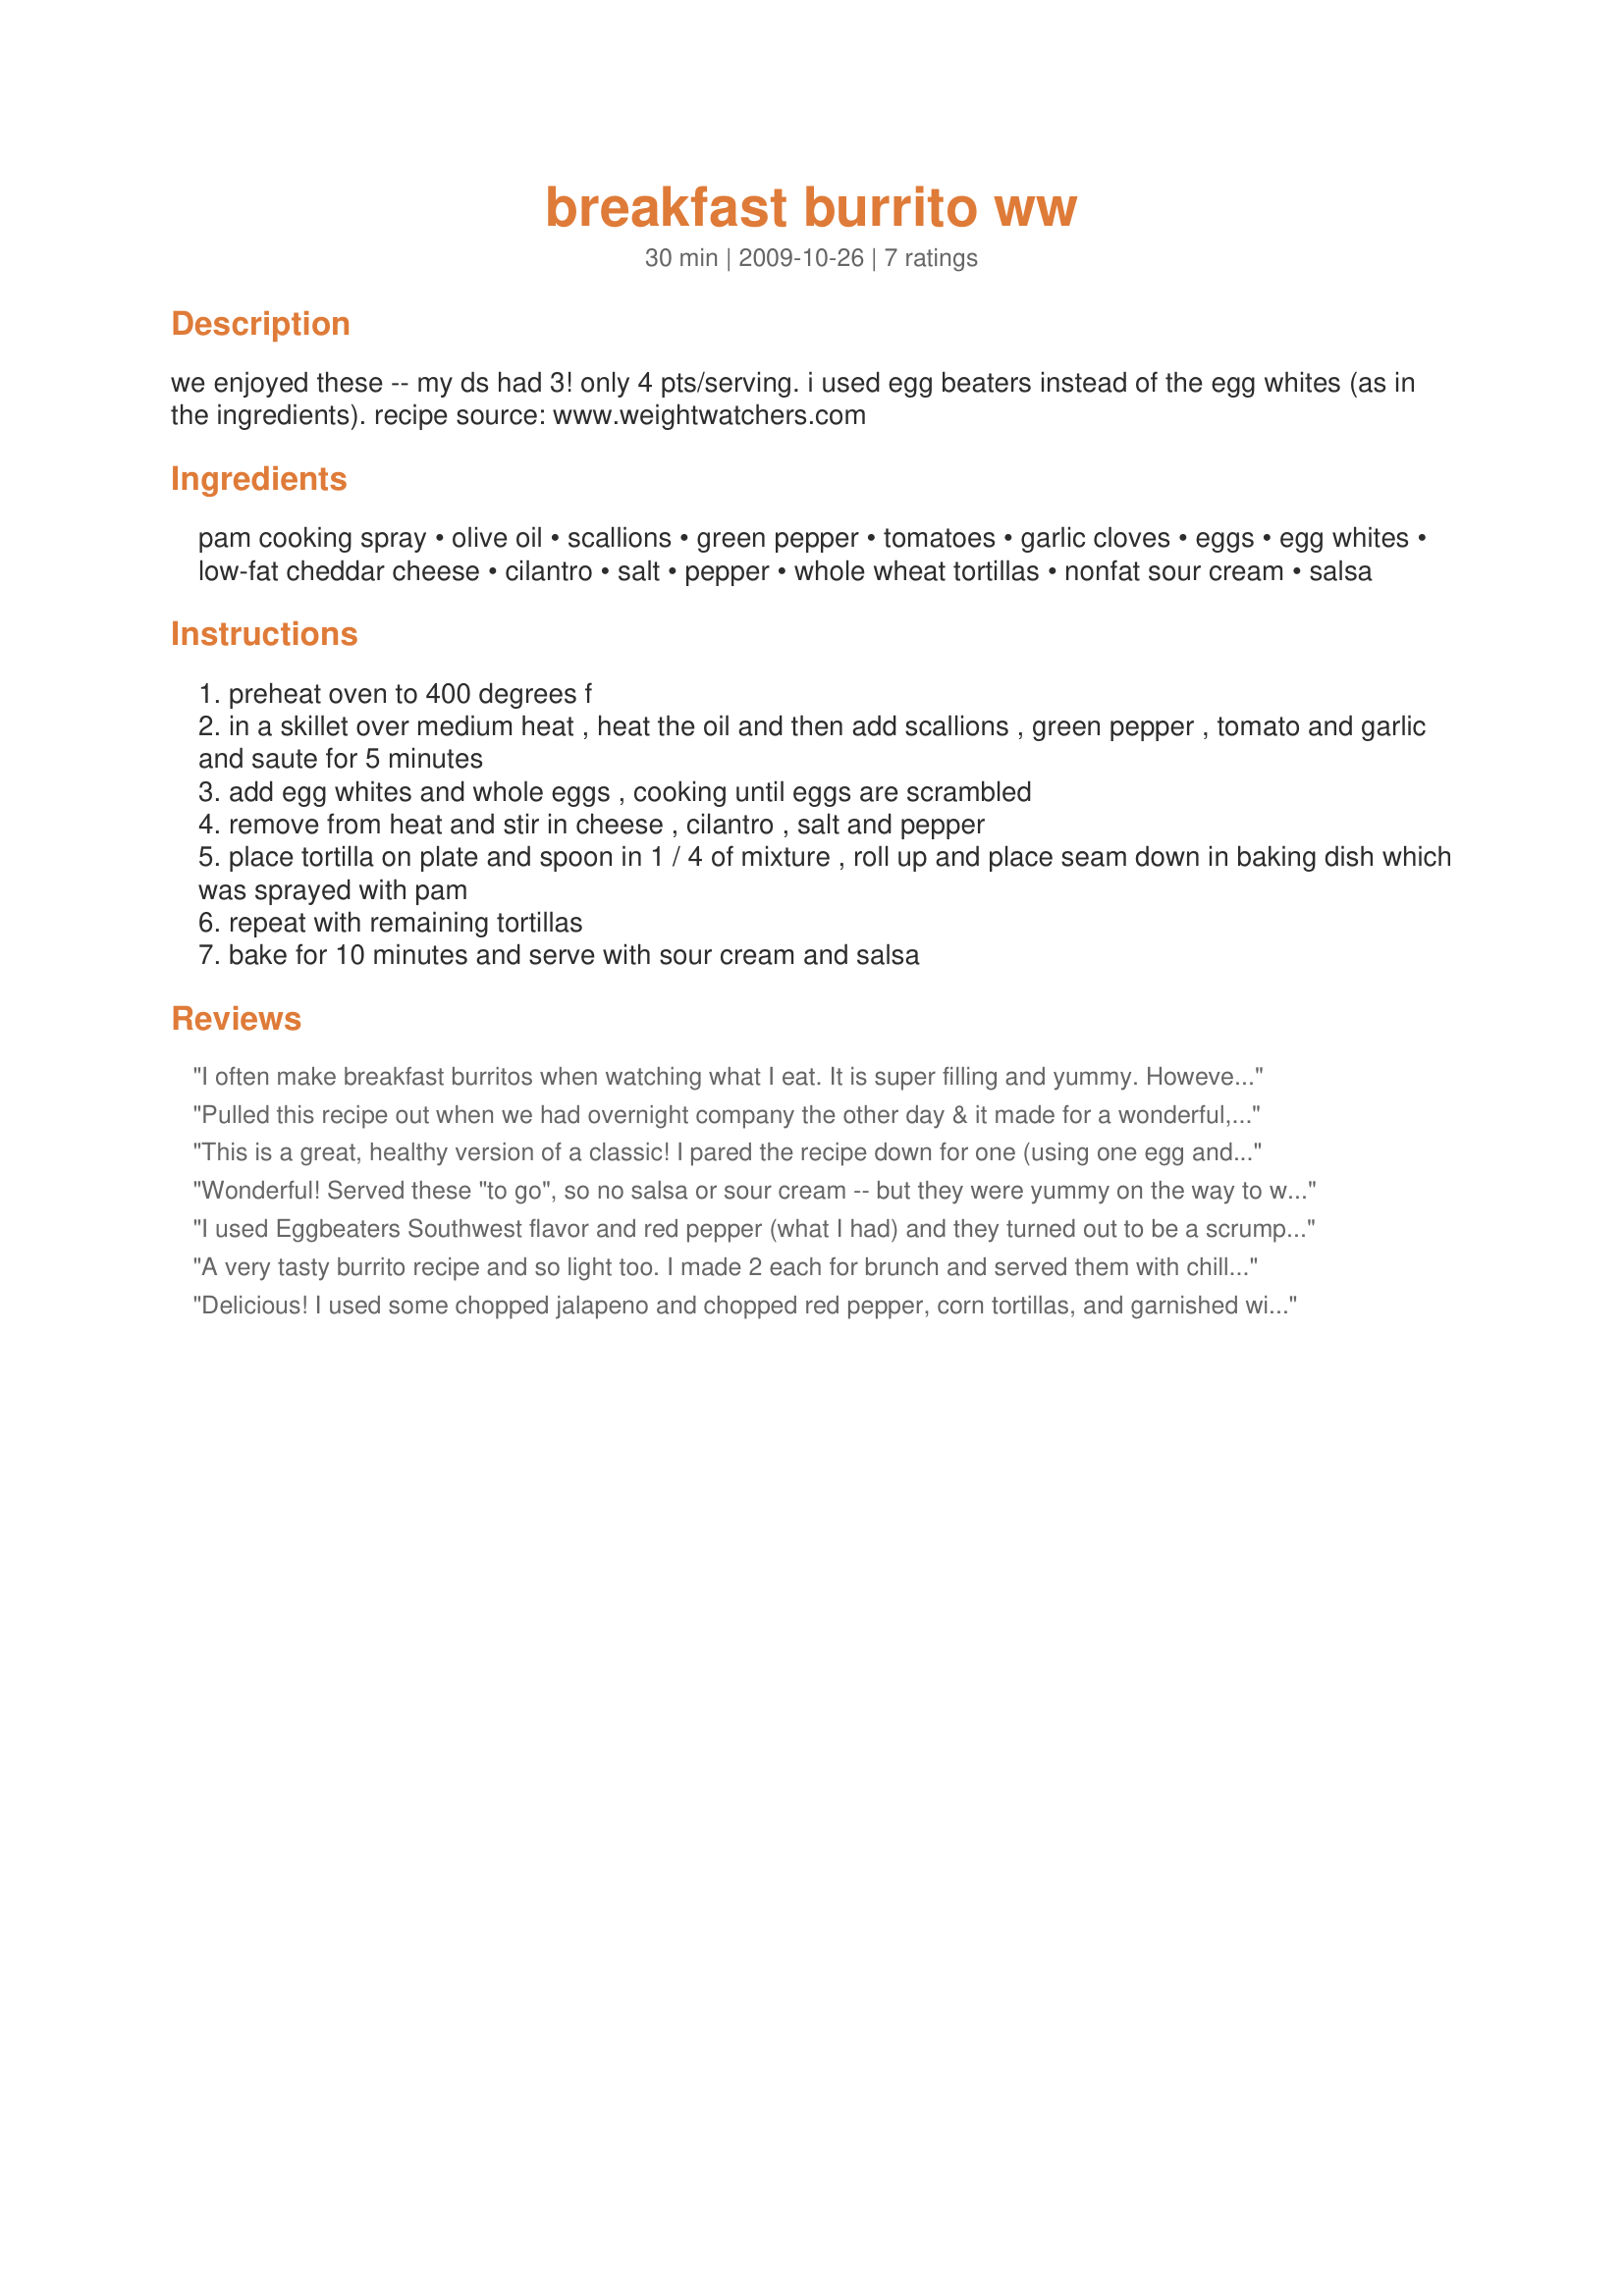
breakfast burrito ww
Preparation time: 30 minutes

we enjoyed these -- my ds had 3! only 4 pts/serving. i used egg beaters instead of the egg whites (as in the ingredients). recipe source: www.weightwatchers.com

Ingredients:
pam cooking spray, olive oil, scallions, green pepper, tomatoes, garlic cloves, eggs, egg whites, low-fat cheddar cheese, cilantro, salt, pepper, whole wheat tortillas, nonfat sour cream, salsa

Steps:
preheat oven to 400 degrees f
in a skillet over medium heat , heat the oil and then add scallions , green pepper , tomato and garlic and saute for 5 minutes
add egg whites and whole eggs , cooking until eggs are scrambled
remove from heat and stir in cheese , cilantro , salt and pepper
place tortilla on plate and spoon in 1 / 4 of mixture , roll up and place seam down in baking dish which was sprayed with pam
repeat with remaining tortillas
bake for 10 minutes and serve with sour cream and salsa

Reviews:
I often make breakfast burritos when watching what I eat. It is super filling and yummy. However, I have never added all the extra yummies included in this recipe. I loved it. What a satisfying and yummy meal. I did make it to serve one, but pretty much kept everything else the same. Thanks.
Pulled this recipe out when we had overnight company the other day & it made for a wonderful, easy-to-prepare breakfast the next morning! Definitely something I'll plan on making again! Thanks for sharing the recipe! [Made & reviewed for the VIP chef in this month's Vegetarian/Vegan Recipe Swap 21]
This is a great, healthy version of a classic! I pared the recipe down for one (using one egg and one egg white) and it made a great quick dinner bite between errands this evening! I skipped the cilantro as I can't stand the stuff, and instead to kick up the flavor I threw some sliced green olives in before wrapping. I also put the salsa inside the burrito since I was eating on the go. Delicious! Thanks for posting! Made for the VIP Chef in Veg*n Swap #21.
Wonderful! Served these "to go", so no salsa or sour cream -- but they were yummy on the way to work this morning! I've already had an email from DH confirming my findings: 5 stars! Thanks for posting! Made for Veg'n Swap August 2011!
I used Eggbeaters Southwest flavor and red pepper (what I had) and they turned out to be a scrumptious brekkie. The only real change that I made was to micro the tortillas to soften them for nice rolling and as everything was hot didn't feel the need to bake them. Bravo ellie, this is so easy and so good I know that it will be enjoyed time and time again!
A very tasty burrito recipe and so light too. I made 2 each for brunch and served them with chilli jam and sour cream. I also used maize tortillas and heated them in a pan before stuffing them with the filling. I took your advice and added jalapeno peppers insteads of green bell pepper, we do like a bit of spice! Made for the soup, sandwiches and salad event in the photo's forum April 2010, and the VIP chef for the Veg'N'Swap.
Delicious! I used some chopped jalapeno and chopped red pepper, corn tortillas, and garnished with some extra cilantro. Thanks for sharing! Veg*n Swap 33
